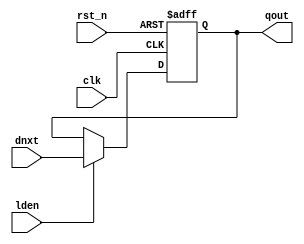
`timescale 1ns/1ps
module sirv_gnrl_dfflrs # (
  parameter DW = 32
) (

  input               lden, 
  input      [DW-1:0] dnxt,
  output     [DW-1:0] qout,

  input               clk,
  input               rst_n
);

reg [DW-1:0] qout_r;

always @(posedge clk or negedge rst_n)
begin : DFFLRS_PROC
  if (rst_n == 1'b0)
    qout_r <= {DW{1'b1}};
  else if (lden == 1'b1)
    qout_r <= #1 dnxt;
end

assign qout = qout_r;



endmodule

// ===========================================================================
//
// Description:
//  Verilog module sirv_gnrl DFF with Load-enable, no reset 
//
// ===========================================================================

module sirv_gnrl_dffl # (
  parameter DW = 32
) (

  input               lden, 
  input      [DW-1:0] dnxt,
  output     [DW-1:0] qout,

  input               clk 
);

reg [DW-1:0] qout_r;

always @(posedge clk)
begin : DFFL_PROC
  if (lden == 1'b1)
    qout_r <= #1 dnxt;
end

assign qout = qout_r;



endmodule
// ===========================================================================
//
// Description:
//  Verilog module sirv_gnrl DFF with Reset, no load-enable
//  Default reset value is 1
//
// ===========================================================================

module sirv_gnrl_dffrs # (
  parameter DW = 32
) (

  input      [DW-1:0] dnxt,
  output     [DW-1:0] qout,

  input               clk,
  input               rst_n
);

reg [DW-1:0] qout_r;

always @(posedge clk or negedge rst_n)
begin : DFFRS_PROC
  if (rst_n == 1'b0)
    qout_r <= {DW{1'b1}};
  else                  
    qout_r <= #1 dnxt;
end

assign qout = qout_r;

endmodule
// ===========================================================================
//
// Description:
//  Verilog module sirv_gnrl DFF with Reset, no load-enable
//  Default reset value is 0
//
// ===========================================================================

module sirv_gnrl_dffr # (
  parameter DW = 32
) (

  input      [DW-1:0] dnxt,
  output     [DW-1:0] qout,

  input               clk,
  input               rst_n
);

reg [DW-1:0] qout_r;

always @(posedge clk or negedge rst_n)
begin : DFFR_PROC
  if (rst_n == 1'b0)
    qout_r <= {DW{1'b0}};
  else                  
    qout_r <= #1 dnxt;
end

assign qout = qout_r;

endmodule
// ===========================================================================
//
// Description:
//  Verilog module for general latch 
//
// ===========================================================================

module sirv_gnrl_ltch # (
  parameter DW = 32
) (

  //input               test_mode,
  input               lden, 
  input      [DW-1:0] dnxt,
  output     [DW-1:0] qout
);

reg [DW-1:0] qout_r;

always @ * 
begin : LTCH_PROC
  if (lden == 1'b1)
    qout_r <= dnxt;
end

//assign qout = test_mode ? dnxt : qout_r;
assign qout = qout_r;
endmodule
// ===========================================================================
//
// Description:
//  Verilog module sirv_gnrl DFF with no Reset, no load-enable
// 
//
// ===========================================================================

module sirv_gnrl_dff # (
  parameter DW = 32
) (

  input      [DW-1:0] dnxt,
  output     [DW-1:0] qout,

  input               clk
);

reg [DW-1:0] qout_r;

always @(posedge clk )
begin : DFFR_PROC               
    qout_r <= #1 dnxt;
end

assign qout = qout_r;

endmodule

// ===========================================================================
//
// Description:
//  Verilog module sirv_gnrl DFF with Load-enable and Reset
//  Default reset value is 1
//
// ===========================================================================

module sirv_gnrl_dfflr1 # (
  parameter DW = 32
) (

  input               lden, 
  input      [DW-1:0] dnxt,
  output     [DW-1:0] qout,

  input               clk,
  input               rst_n
);

reg [DW-1:0] qout_r;

always @(posedge clk or negedge rst_n)
begin : DFFLR_PROC
  if (rst_n == 1'b0)
    qout_r <= {{DW-1{1'b0}},1'b1};
  else if (lden == 1'b1)
    qout_r <= #1 dnxt;
end

assign qout = qout_r;


    

endmodule


// ===========================================================================
//
// Description:
//  Verilog module sirv_gnrl DFF with Load-enable and Reset
//  Default reset value is extre
//
// ===========================================================================

module sirv_gnrl_dfflre # (
  parameter DW = 32
) (

  input               lden, 
  input      [DW-1:0] dnxt,
  output     [DW-1:0] qout,

  input               clk,
  input               rst_n,
  input      [DW-1:0] reset_data
);

reg [DW-1:0] qout_r;

always @(posedge clk )
begin : DFFLR_PROC
  if (rst_n == 1'b0)
    qout_r <= reset_data;
  else if (lden == 1'b1)
    qout_r <= #1 dnxt;
end

assign qout = qout_r;


    

endmodule

// ===========================================================================
//
// Description:
//  Verilog module sirv_gnrl DFF with Load-enable and Reset
//  Default reset value is 0
//
// ===========================================================================

module sirv_gnrl_dfflr # (
  parameter DW = 32
) (

  input               lden, 
  input      [DW-1:0] dnxt,
  output     [DW-1:0] qout,

  input               clk,
  input               rst_n
);

reg [DW-1:0] qout_r;

always @(posedge clk or negedge rst_n)
begin : DFFLR_PROC
  if (rst_n == 1'b0)
    qout_r <= {DW{1'b0}};
  else if (lden == 1'b1)
    qout_r <= #1 dnxt;
end

assign qout = qout_r;


    

endmodule

// ===========================================================================
//
// Description:
//  Verilog module sirv_gnrl DFF with Load-enable and syn Reset
//  Default reset value is 0
//
// ===========================================================================

module sirv_gnrl_dfflr_nosr # (
  parameter DW = 32
) (

  input               lden, 
  input      [DW-1:0] dnxt,
  output     [DW-1:0] qout,

  input               clk,
  input               rst_n
);

reg [DW-1:0] qout_r;

always @(posedge clk )
begin : DFFLR_PROC
  if (rst_n == 1'b0)
    qout_r <= {DW{1'b0}};
  else if (lden == 1'b1)
    qout_r <= #1 dnxt;
end

assign qout = qout_r;

endmodule